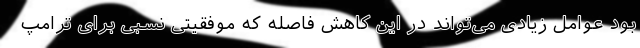
بود عوامل زیادی می‌تواند در این کاهش فاصله که موفقیتی نسبی برای ترامپ